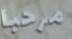
مرحبا